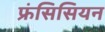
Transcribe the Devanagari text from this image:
फ्रंसिसियन